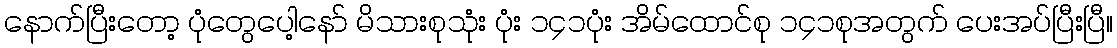
နောက်ပြီးတော့ ပုံတွေပေါ့နော် မိသားစုသုံး ပုံး ၁၄၁ပုံး အိမ်ထောင်စု ၁၄၁စုအတွက် ပေးအပ်ပြီးပြီ။